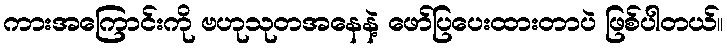
ကားအကြောင်းကို ဗဟုသုတအနေနဲ့ ဖော်ပြပေးထားတာပဲ ဖြစ်ပါတယ်။